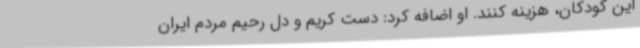
این کودکان، هزینه کنند. او اضافه کرد: دست کریم و دل رحیم مردم ایران